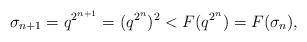
LaTeX: \begin{align*}\sigma_{n+1}=q^{2^{n+1}}=(q^{2^n})^2 <F(q^{2^n})=F(\sigma_n),\end{align*}